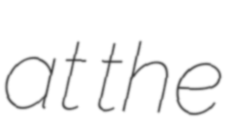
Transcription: at the